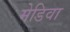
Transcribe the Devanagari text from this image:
मेडिवा